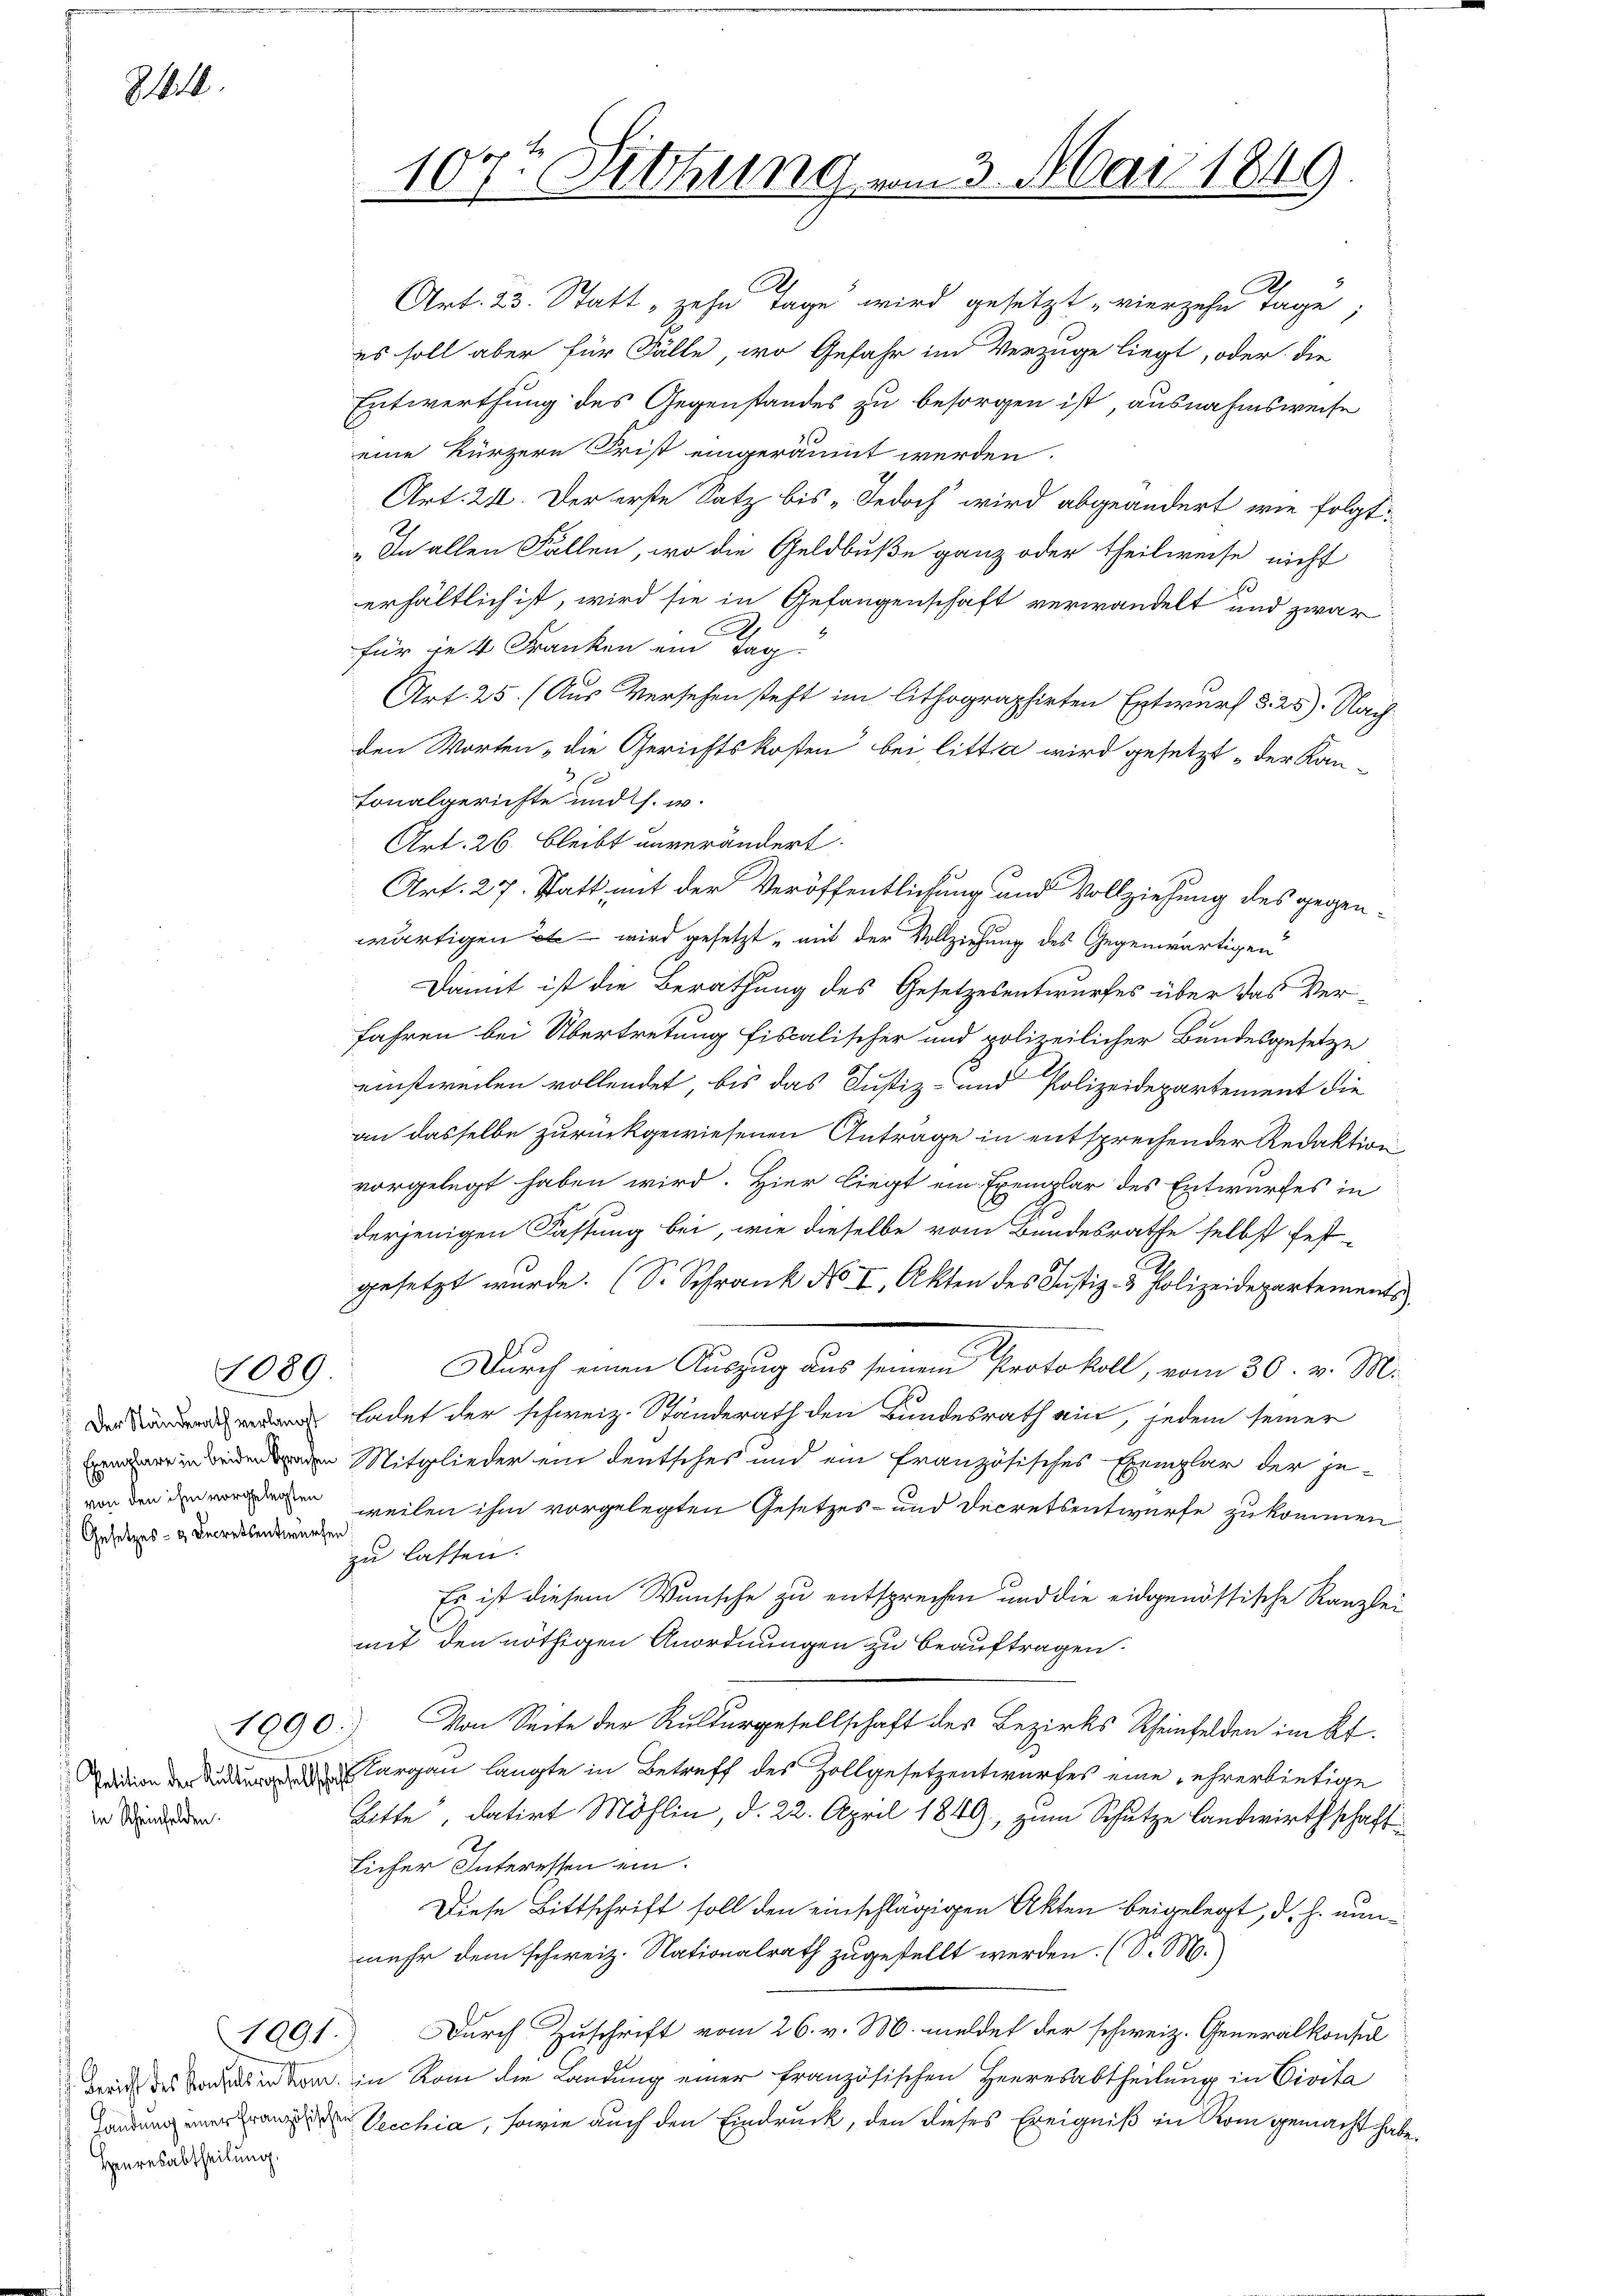
81810.

1089

Gesetzes- & Decretsentwürfen

in Scheinfelden.

1990.

Heuresabtheilung.

1091.

107. Sitzung vom 3. Mai 1849.

Art. 23. Statt zehn Tage wird gesetzt vierzehn Tage
es soll aber für Fälle, wo Gefahr im Verzuge liegt, oder die
Entwerthung des Gegenstandes zu besorgen ist, ausnahmsweise
eine kürzern Frist eingeräumt werden.
Art. 21. Der erste Satz bis „Jedoch wird abgeändert, wie folgt:
E
„In allen Fällen, wo die Geldbuße ganz oder theilweise nicht
erhältlich ist, wird sie in Gefangenschaft verwandelt und zwar
h
2.
für die 4 Franken ein Tag.
(Art. 25. (Aus Versehen steht im lithographirten Entwurf §. 25). Nachden Worten die Gerichtskosten bei littia wird gesetzt der Kantonalgerichte und s. w.
Art. 26. bleibt unverändert.
Art. 27. Statt mit der Veröffentlichung und Vollziehung des gegenwärtigen – wird gesetzt mit der Vollziehung des Gegenwärtigen
Damit ist die Berathung des Gesetzesentwurfes über das Ver-
fahren bei Übertretung fiscalischer und polizeilicher Bundesgesetze
einstweilen vollendet, bis das Justiz- und Polizeidepartement die
an dasselbe zurückgewiesenen Antrage in entsprechender Redaktion
vorgelegt haben wird. Hier liegt ein Exemplar des Entwurfes in
derjenigen Fassung bei, wie dieselbe vom Bundesrathe selbst fest-
gesetzt wurde. (S. Schrank No I, Akten des Justiz- & Polizeidepartements
Durch einen Auszug aus seinen Protokoll, vom 30. v. M.
ladet der schweiz. Ständerath den Bundesrath ein, jedem seiner
Mitglieder ein deutsches und ein französisches Exemplar der je-
den, weilen ihm vorgelegten Gesetzes- und Decretsentwurfe zukommen
zu lassen.
Es ist diesem Wunsche zu entsprechen und die eidgenössische Kanzleimit den nöthigen Anordnungen zu beauftragen.
Von Seite der Kulturgesellschaft des Bezirks Rheinfelden im Kt.
argau langte in Betreff des Zollgesetzentwurfes eine ehrerbietige
Bitte, datirt Möhlin, d. 22. April 1849, zum Schutze landwirthschaft
licher Interessen ein.
Diese Bittschrift soll den einschlägigen Akten beigelegt, d. h. nunmehr dem schweiz. Nationalrath zugestellt werden. (S. M.
Durch Zuschrift vom 26. v. M. meldet der schweiz. Generalkonsul
dreich des Borels er den in Rom die Landung einer französischen Herresabtheilung in Civita
Vecchia, sowie auch den Eindruck, den dieses Ereigniß in Rom gemacht habe.